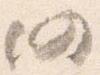
仍